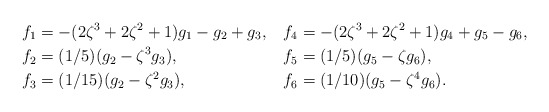
\begin{align*}f_1 &= -(2\zeta^3+2\zeta^2+1)g_1 - g_2 + g_3, & f_4 &= -(2\zeta^3+2\zeta^2+1)g_4+g_5 - g_6,\\f_2 &= (1/5)(g_2-\zeta^3g_3),& f_5 &= (1/5)(g_5-\zeta g_6),\\f_3 &=(1/15)(g_2-\zeta^2g_3),& f_6 &= (1/10)(g_5-\zeta^4g_6).\end{align*}